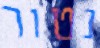
נטור